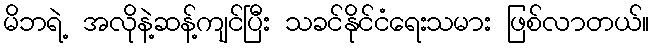
မိဘရဲ့ အလိုနဲ့ဆန့်ကျင်ပြီး သခင်နိုင်ငံရေးသမား ဖြစ်လာတယ်။